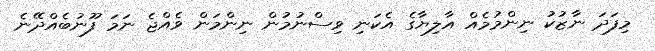
މިފަދަ ނާޒުކު ނިންމުމެއް އާލިޔާގެ އެކަނި ވިސްނުމުން ނިންމަން ވެއްޖެ ނަމަ ފޫނުބެއްދޭނެ